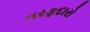
તરફદારો